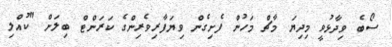
ސޯބެ ވިދާޅުވީ މިދިޔަ މާޗް މަހުން ފެށިގެން ވިޔަފާރިވެރިންގެ ކަރަންޓް ބިލަށް "ކުއްލި